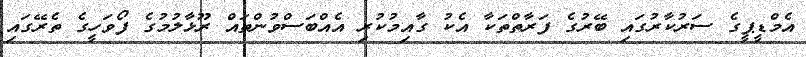
އެމްޑީޕީގެ ސަރުކާރުގައި ބޭރުގެ ފަރާތްތަކާ އެކު ގާއިމުކުރި އެއްބަސްވުންތައް ރޫޅާލުމުގެ ފޯވަހީގެ ތެރޭގައި